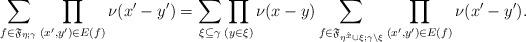
LaTeX: \begin{align*}\sum_{f\in\mathfrak{F}_{\eta;\gamma}}\prod_{(x', y')\in E(f)}\nu(x'-y')=\sum_{\xi\subseteq\gamma}\prod_{(y\in\xi)}\nu(x-y)\sum_{f\in\mathfrak{F}_{\eta^{\hat{x}}\cup\xi;\gamma\setminus\xi}}\prod_{(x', y')\in E(f)}\nu(x'-y').\end{align*}